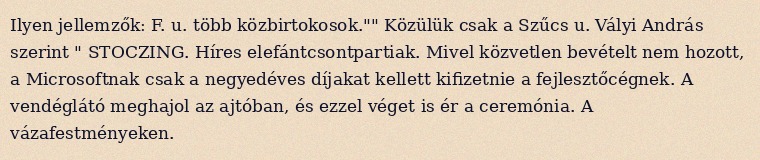
Ilyen jellemzők: F. u. több közbirtokosok."" Közülük csak a Szűcs u. Vályi András szerint " STOCZING. Híres elefántcsontpartiak. Mivel közvetlen bevételt nem hozott, a Microsoftnak csak a negyedéves díjakat kellett kifizetnie a fejlesztőcégnek. A vendéglátó meghajol az ajtóban, és ezzel véget is ér a ceremónia. A vázafestményeken.